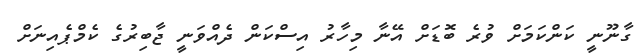
ގާނޫނީ ކަންކަމަށް ވުރެ ބޮޑަށް އޭނާ މިހާރު އިސްކަން ދެއްވަނީ ޖާބިރުގެ ކެމްޕެއިނަށް